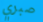
صبري